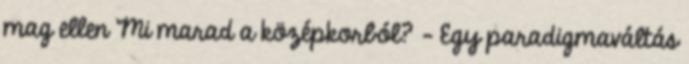
mag ellen Mi marad a középkorból? - Egy paradigmaváltás